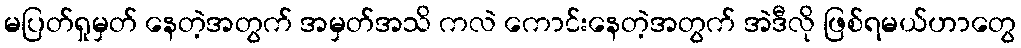
မပြတ်ရှုမှတ် နေတဲ့အတွက် အမှတ်အသိ ကလဲ ကောင်းနေတဲ့အတွက် အဲဒီလို ဖြစ်ရမယ်ဟာတွေ